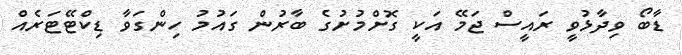
ޑާބޯ ވިދާޅުވީ ރައީސް ޖަމޭ އަކީ ގޮށްމުށުގެ ބާރުން ގައުމު ހިންގަވާ ޑިކްޓޭޓަރެއް